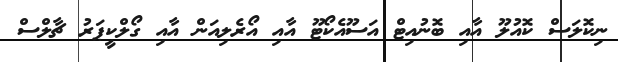
ނިކޮލަސް ކޮއުލޫ އާއި ބޮނުއިޓް އަސޫއެކޯޓޫ އާއި އޯރެލިއަން އާއި ގޯލްކީޕަރު ޗާލްސް